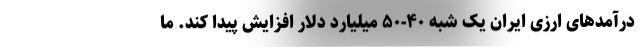
درآمدهای ارزی ایران یک شبه ۴۰-۵۰ میلیارد دلار افزایش پیدا کند. ما